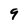
Character: 9